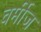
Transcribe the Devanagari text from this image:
वर्मीज